Lunatic asylums Punjab 1895-1910 - 1895-1910
Year: 1895
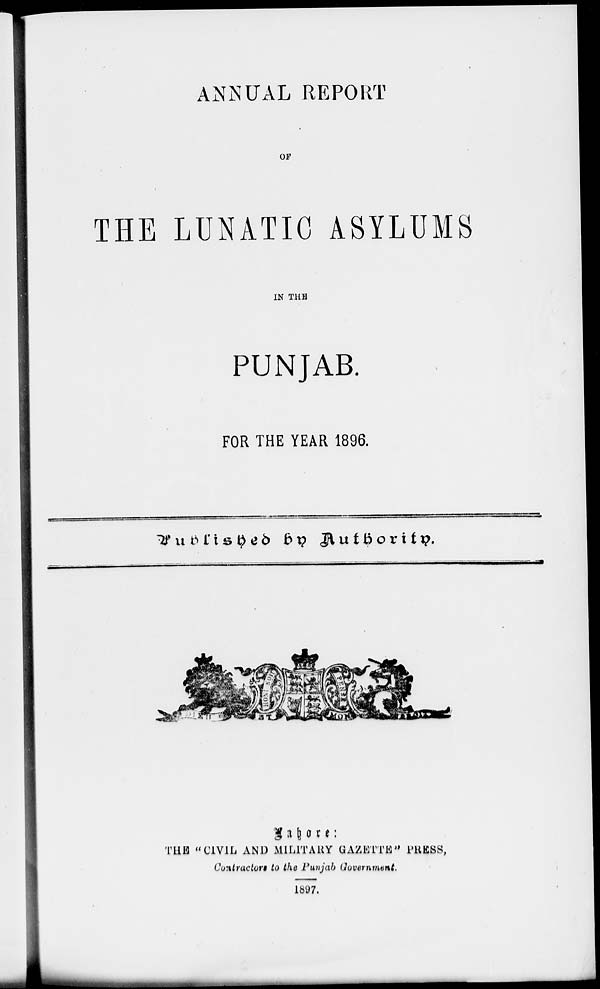
ANNUAL REPORT
OF
THE LUNATIC ASYLUMS
IN THE
PUNJAB.
Published by Authority.
Lahore :
THE "CIVIL AND MILITARY GAZETTE" PRESS,
Contractors to the Punjab Government.
1897.